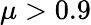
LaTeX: \mu>0.9